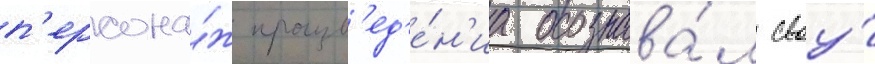
п'ерсона́ж произв'ед'е́н'иа осознава́л своу́